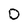
Character: D